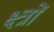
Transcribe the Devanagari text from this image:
क्ष्त्रों